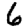
Digit: 6